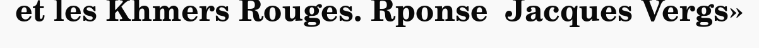
et les Khmers Rouges. Rponse  Jacques Vergs»